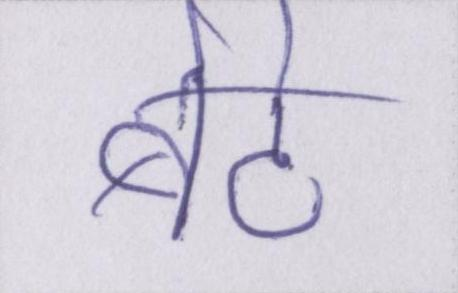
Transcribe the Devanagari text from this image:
बेटे